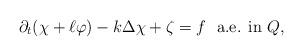
LaTeX: \begin{align*} \partial_t(\chi + \ell \varphi) -k \Delta \chi + \zeta = f \ \ \textrm{a.e. in $Q$,} \end{align*}